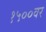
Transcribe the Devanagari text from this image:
१५००वर